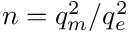
n = q _ { m } ^ { 2 } / q _ { e } ^ { 2 }